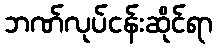
ဘဏ်လုပ်ငန်းဆိုင်ရာ